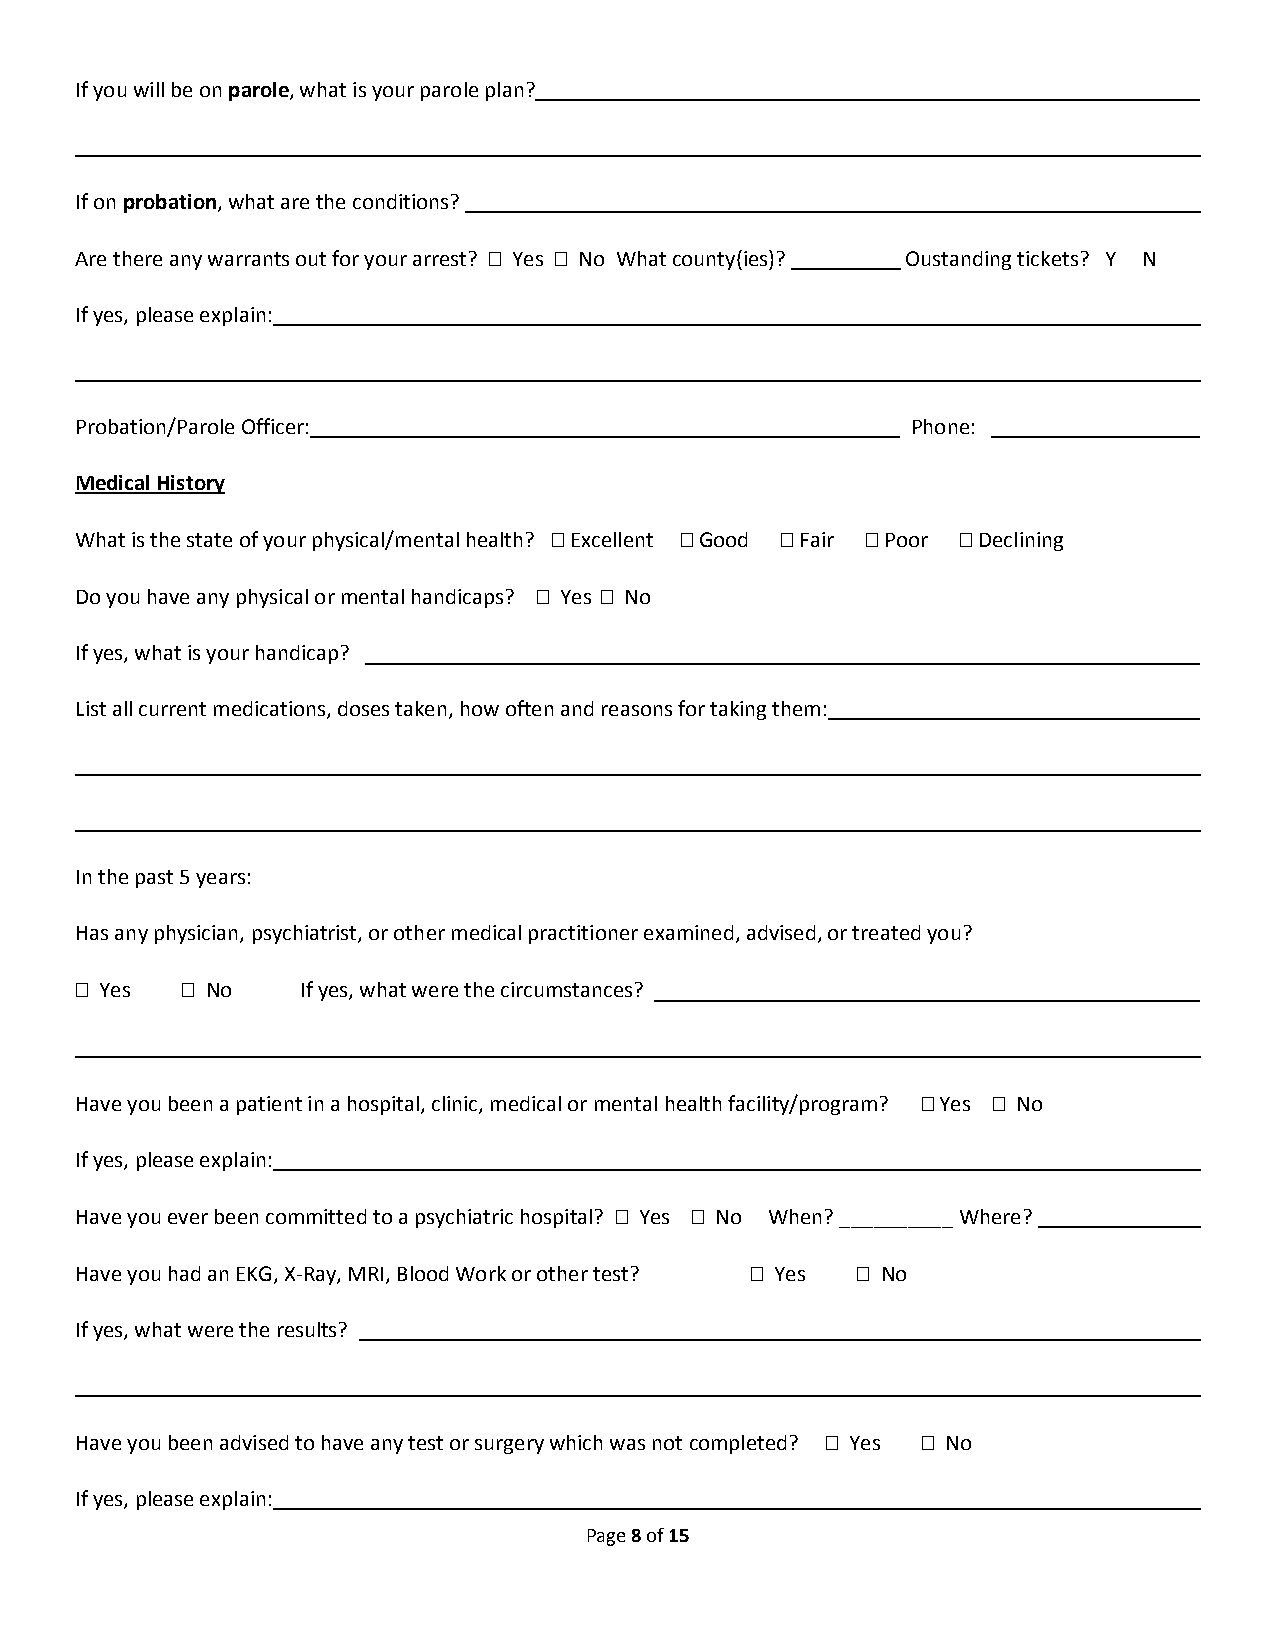
If you will be on parole, what is your parole plan?
 If on probation, what are the conditions?
 Are there any warrants out for your arrest?  Yes  No What county(ies)? Oustanding tickets? Y N
 If yes, please explain:
 Probation/Parole Officer:                              Phone:
 Medical History
 What is the state of your physical/mental health?  Excellent  Good  Fair  Poor  Declining
 Do you have any physical or mental handicaps?  Yes  No
 If yes, what is your handicap?
 List all current medications, doses taken, how often and reasons for taking them:
 In the past 5 years:
 Has any physician, psychiatrist, or other medical practitioner examined, advised, or treated you?
  Yes   No    If yes, what were the circumstances?
 Have you been a patient in a hospital, clinic, medical or mental health facility/program?  Yes  No
 If yes, please explain:
 Have you ever been committed to a psychiatric hospital?  Yes  No When? __________ Where?
 Have you had an EKG, X-Ray, MRI, Blood Work or other test?  Yes  No
 If yes, what were the results?
 Have you been advised to have any test or surgery which was not completed?  Yes  No
 If yes, please explain:
 Page 8 of 15